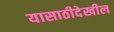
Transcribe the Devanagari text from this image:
यासाठीदेखील